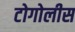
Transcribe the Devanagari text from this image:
टोगोलीस